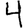
Digit: 4